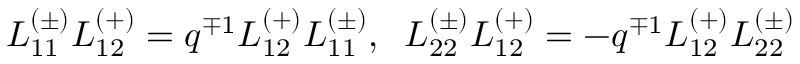
L _ { 1 1 } ^ { ( \pm ) } L _ { 1 2 } ^ { ( + ) } = q ^ { \mp 1 } L _ { 1 2 } ^ { ( + ) } L _ { 1 1 } ^ { ( \pm ) } , \; \; L _ { 2 2 } ^ { ( \pm ) } L _ { 1 2 } ^ { ( + ) } = - q ^ { \mp 1 } L _ { 1 2 } ^ { ( + ) } L _ { 2 2 } ^ { ( \pm ) }